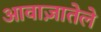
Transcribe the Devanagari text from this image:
आवाज़ातेले